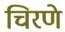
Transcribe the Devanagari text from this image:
चिरणे